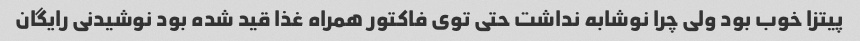
پیتزا خوب بود ولی چرا نوشابه نداشت حتی توی فاکتور همراه غذا قید شده بود نوشیدنی رایگان